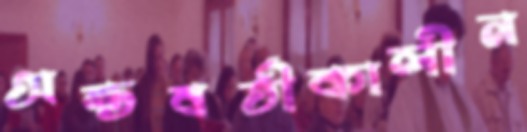
অন্তবর্তীকালীন